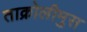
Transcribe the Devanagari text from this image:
ताक्रोलीमुस